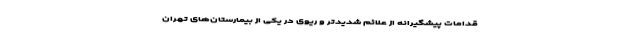
قدامات پیشگیرانه از علائم شدیدتر و ریوی در یکی از بیمارستان‌های تهران